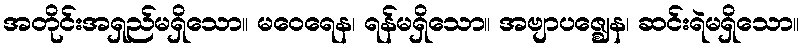
အတိုင်းအရှည်မရှိသော။ မဝေရေန၊ ရန်မရှိသော။ အဗျာပဇ္ဈေန၊ ဆင်းရဲမရှိသော။